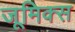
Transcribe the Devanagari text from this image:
जूमिक्स